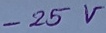
Text: -25V